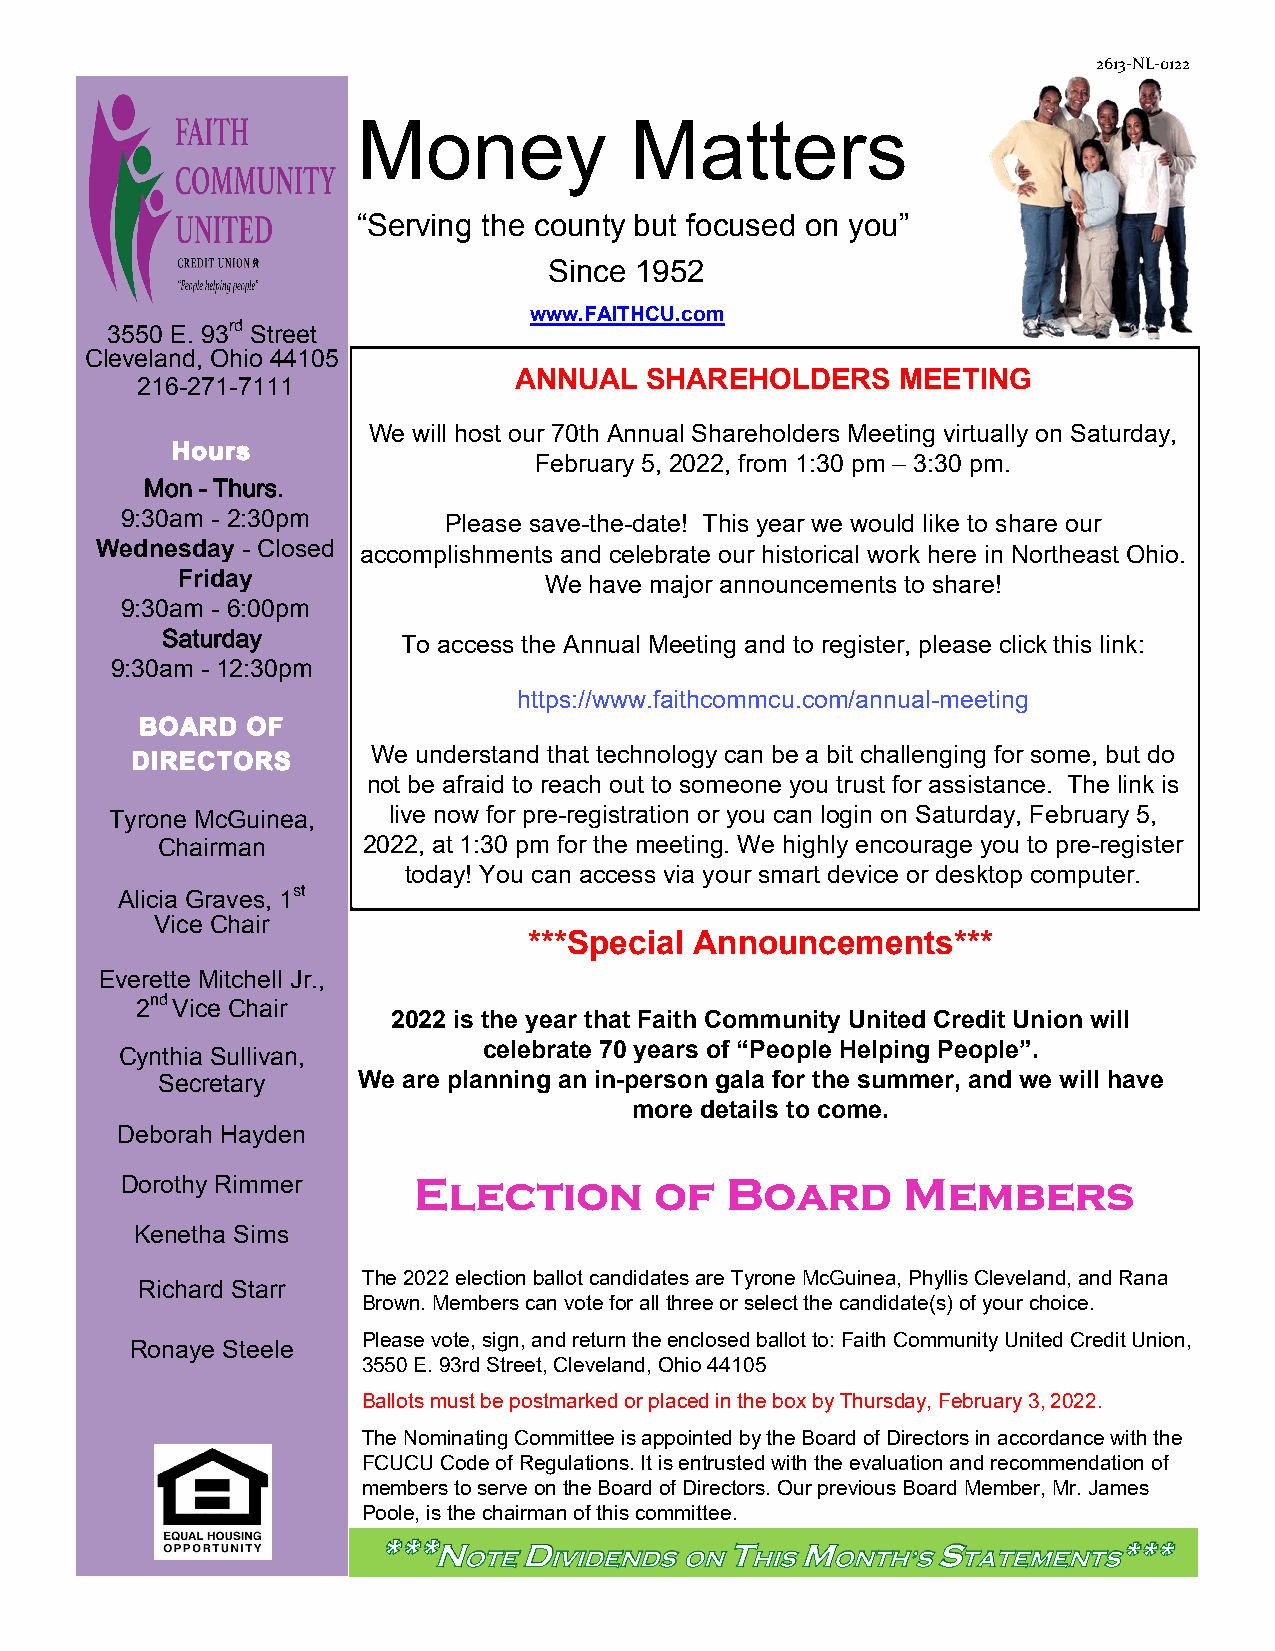
2613-NL-0122
 Money             Matters
 “Serving the county but focused on you”
 Since 1952
 www.FAITHCU.com
 3550 E. 93rd Street
 Cleveland, Ohio 44105
 216-271-7111             ANNUAL   SHAREHOLDERS    MEETING
 We will host our 70th Annual Shareholders Meeting virtually on Saturday,
 February 5, 2022, from 1:30 pm – 3:30 pm.
 Mon - Thurs.
 9:30am - 2:30pm
 Please save-the-date! This year we would like to share our
 Wednesday - Closed accomplishments and celebrate our historical work here in Northeast Ohio.
 Friday                  We have major announcements to share!
 9:30am - 6:00pm
 Saturday
 To access the Annual Meeting and to register, please click this link:
 9:30am - 12:30pm
 https://www.faithcommcu.com/annual-meeting
 We understand that technology can be a bit challenging for some, but do
 not be afraid to reach out to someone you trust for assistance. The link is
 Tyrone McGuinea,   live now for pre-registration or you can login on Saturday, February 5,
 Chairman      2022, at 1:30 pm for the meeting. We highly encourage you to pre-register
 today! You can access via your smart device or desktop computer.
 Alicia Graves, 1st
 Vice Chair
 ***Special Announcements***
 Everette Mitchell Jr.,
 2nd Vice Chair
 2022 is the year that Faith Community United Credit Union will
 Cynthia Sullivan,       celebrate 70 years of “People Helping People”.
 Secretary     We are planning an in-person gala for the summer, and we will have
 more details to come.
 Deborah Hayden
 Dorothy Rimmer
 Kenetha Sims
 The 2022 election ballot candidates are Tyrone McGuinea, Phyllis Cleveland, and Rana
 Richard Starr
 Brown. Members can vote for all three or select the candidate(s) of your choice.
 Please vote, sign, and return the enclosed ballot to: Faith Community United Credit Union,
 Ronaye Steele
 3550 E. 93rd Street, Cleveland, Ohio 44105
 Ballots must be postmarked or placed in the box by Thursday, February 3, 2022.
 The Nominating Committee is appointed by the Board of Directors in accordance with the
 FCUCU Code of Regulations. It is entrusted with the evaluation and recommendation of
 members to serve on the Board of Directors. Our previous Board Member, Mr. James
 Poole, is the chairman of this committee.